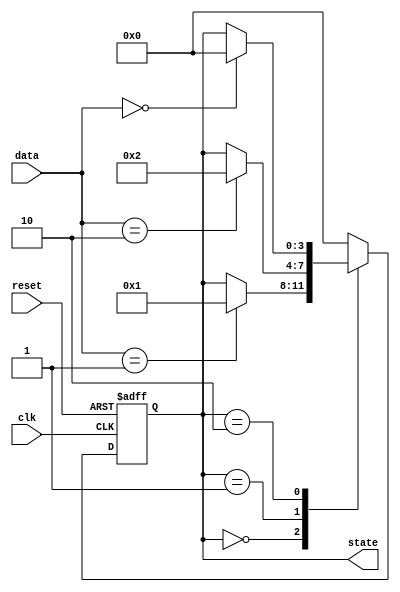
module NegativeEdgeSensitiveBlock (
    input wire clk,        // Clock signal (triggering event)
    input wire reset,      // Reset signal
    input wire [3:0] data, // Input data signals
    output reg [3:0] state // Output state signals
);

// Initial state definition
initial begin
    state = 4'b0000; // Starting with an initial state of 0
end

// Always block sensitive to the negative edge of the clock
always @(negedge clk or posedge reset) begin
    if (reset) begin
        state <= 4'b0000; // Reset state to initial conditions
    end else begin
        // State transition logic based on input data
        // Here we will implement a simple state transition example
        case (state)
            4'b0000: begin
                if (data == 4'b0001) state <= 4'b0001; // Transition to state 1
            end
            4'b0001: begin
                if (data == 4'b0010) state <= 4'b0010; // Transition to state 2
            end
            4'b0010: begin
                if (data == 4'b0000) state <= 4'b0000; // Transition back to state 0
            end
            default: state <= 4'b0000; // Default to initial state
        endcase
    end
end

endmodule